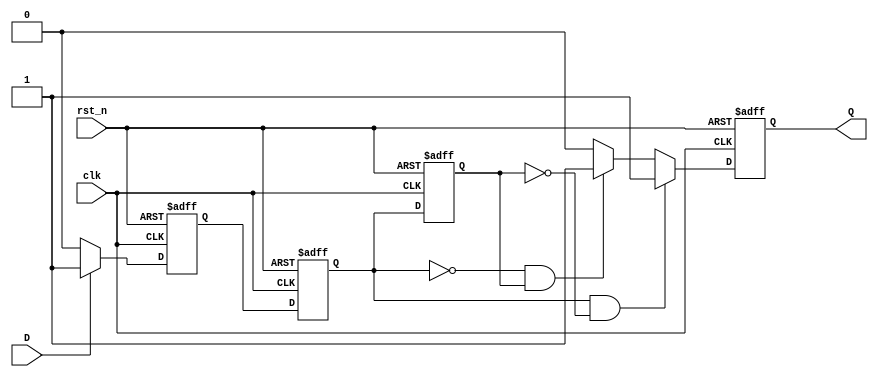
module SchmittTriggerEdgeDetector (
    input wire clk,        // Clock signal
    input wire rst_n,     // Active low reset
    input wire D,         // Input signal
    output reg Q          // Output signal indicating edge detection
);

    // Parameters for Schmitt Trigger thresholds
    parameter HIGH_THRESHOLD = 1'b1;
    parameter LOW_THRESHOLD = 1'b0;

    // Internal signals
    reg D_filtered;       // Filtered signal from Schmitt Trigger
    reg D_prev;           // Previous state of the input signal
    reg D_current;        // Current state of the input signal

    // Schmitt Trigger logic
    always @(posedge clk or negedge rst_n) begin
        if (!rst_n) begin
            D_filtered <= 1'b0; // Reset filtered signal
        end else begin
            // Simple Schmitt Trigger logic with hysteresis
            if (D == HIGH_THRESHOLD) begin
                D_filtered <= 1'b1; // Set high if input is high
            end else if (D == LOW_THRESHOLD) begin
                D_filtered <= 1'b0; // Set low if input is low
            end
        end
    end

    // Flip-flops to store current and previous states
    always @(posedge clk or negedge rst_n) begin
        if (!rst_n) begin
            D_prev <= 1'b0;       // Reset previous state
            D_current <= 1'b0;    // Reset current state
            Q <= 1'b0;            // Reset output
        end else begin
            D_prev <= D_current;  // Store previous state
            D_current <= D_filtered; // Update current state

            // Edge detection logic
            if (D_current && !D_prev) begin
                Q <= 1'b1; // Rising edge detected
            end else if (!D_current && D_prev) begin
                Q <= 1'b1; // Falling edge detected
            end else begin
                Q <= 1'b0; // No edge detected
            end
        end
    end

endmodule